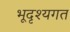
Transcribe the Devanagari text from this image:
भूदृश्यगत